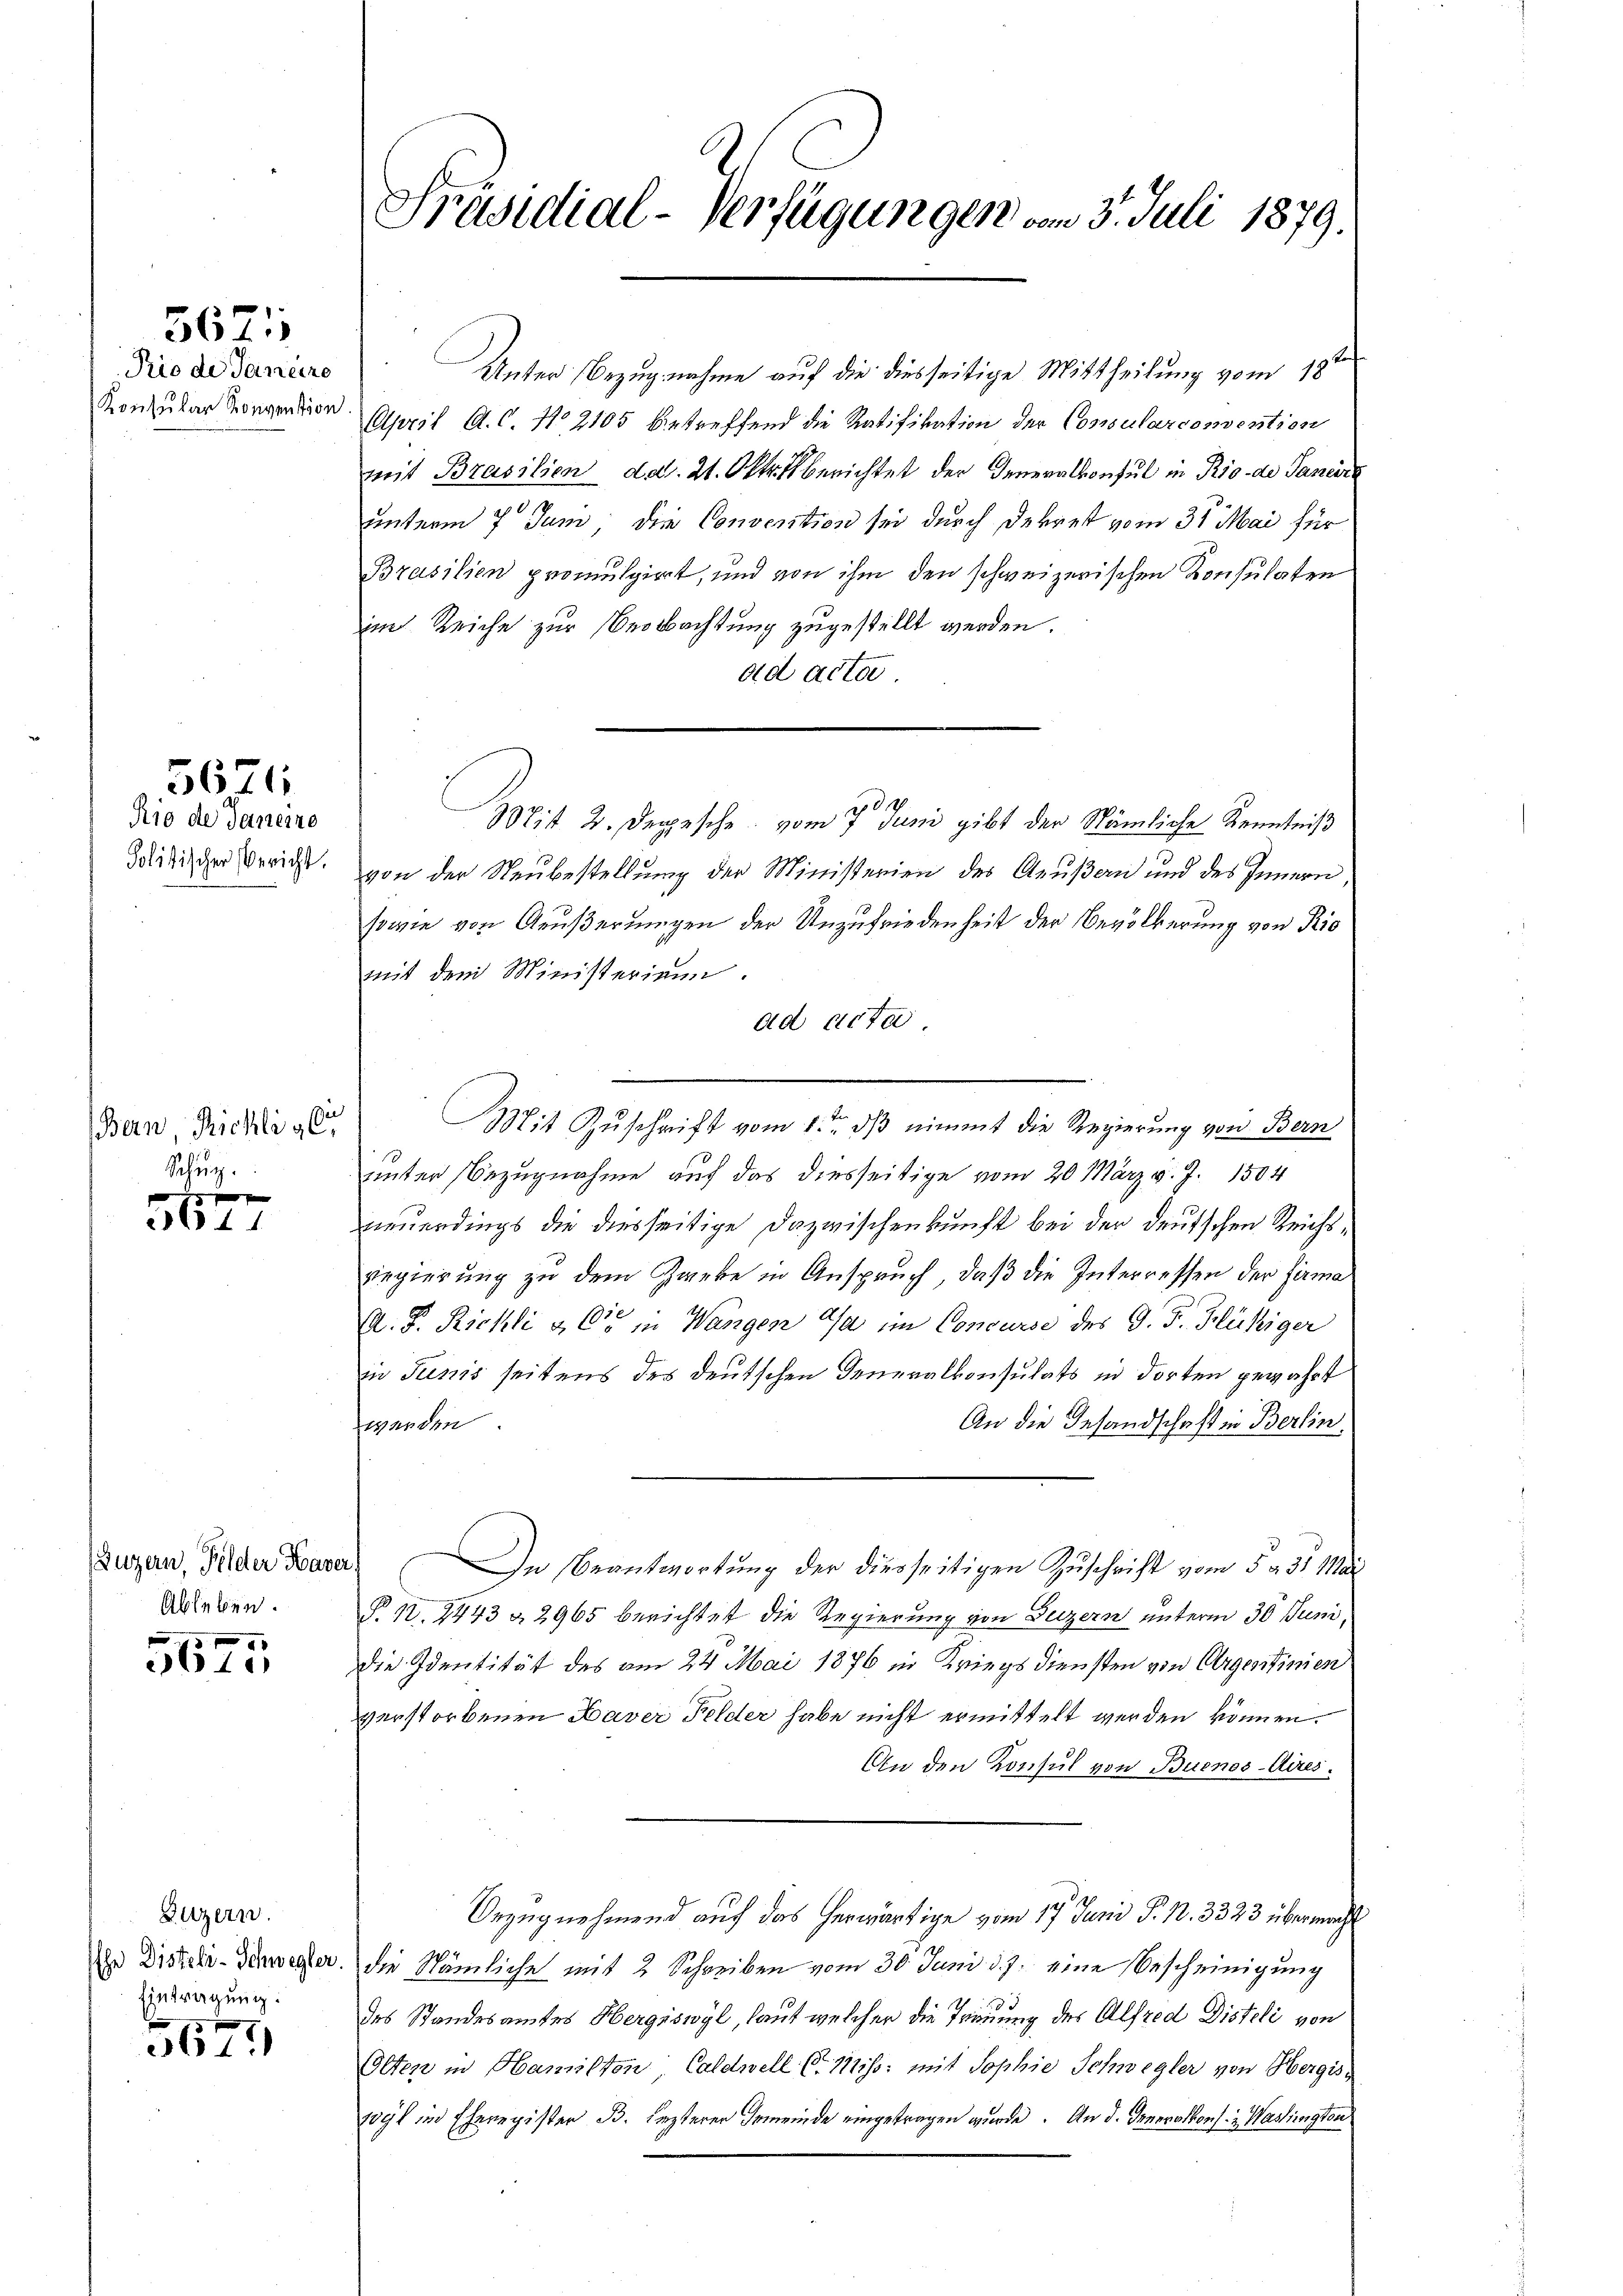
36711

Prio de Janeiro
Konsular Konvention

5674.

Rio de Janeiro
Politischer Bericht.

Bern, Richli g
Schuz

xx
11

(Luzern, Felder Haver,
Ableben.

561.

Luzern.
Eintragung:

5677

Präsidial-Verfügungen vom 3. Juli 1879.

Unter Bezugnahme auf die diesseitige Mittheilung vom 18ten
April A. C. No 2105 betreffend die Ratifikation der Consularconvention
mit Brasilien d.d. 21. Oktoberichtet der Generalkonsul in Rio de Sancire
unterm 7 Juni die Convention sei durch Dekret vom 31. Mai für
Brasilien promulgirt, und von ihm den schweizerischen Konsulaten
im Reiche zur Beobachtung zugestellt werden.
ad acta.
01
Mit 2. Depesche vom 7 Juni gibt der Nämliche Kenntniß
von der Neubestellung der Ministerien des Aeußern und des Innern
sowie von Aeußerungen der Unzufriedenheit der Bevölkerung von Rio
mit dem Ministerium.
ad acta,
Mit Zuschrift vom 1.ten ds nimmt die Regierung von Bern
unter Bezugnahme auf das diesseitige vom 20. März v. J. 1504
neuerdings die diesseitige Dazwischenkunft bei der deutschen Reichs¬
Regierung zu dem Zweke in Anspruch, daß die Interressen der Firma
A. F. Richli & Cie in Wangen da im Concurse des G. P. Hüssiger
in Junis seitens des deutschen Generalkonsulats in dorten gewährt
An die Gesandschaft in Berlin
werden
In Beantwortung der diesseitigen Zuschrift vom 5. d. 31. Ma
P. Nr. 2443 & 2965 berichtet die Regierung von Geizern unterm 30. Juni,
die Identität des am 24. Mai 1876 in Kriegsdiensten von Argentinien
verstorbenen Haver Felder habe nicht ermittelt werden können.
An den Konsul von Buenos-Aires.
Urzug nehmend auf das herwärtige vom 17. Juni P. N. 3323 übermacht
zu Distati-Verweger die Nämliche mit 2 Schreiben vom 30. Juni d. J. eine Bescheinigung
des Standesamtes Hergiswyl, laut welcher die Trauung der Alfred Disteli von
Olten in Hamisten, Caldnell C. Miß: mit Sophie Schwegler von Hergisogl in Eheregister B. lezterer Gemeinde eingetragen wurde. An d. Generalkons Washington